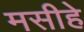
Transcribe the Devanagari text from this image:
मसीहे